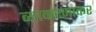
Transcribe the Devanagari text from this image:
व्याकरणाकर